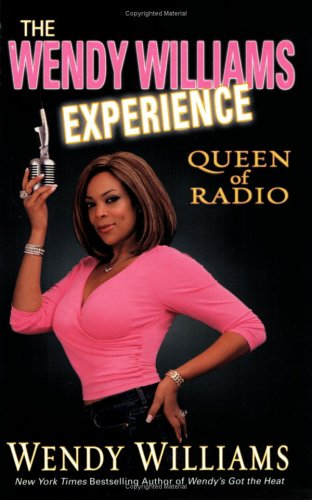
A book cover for The Wendy Williams Experience; Wendy Williams; Humor & Entertainment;